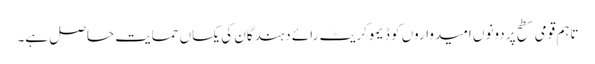
تاہم قومی سطح پر دونوں امیدواروں کو ڈیموکریٹ رائے دہندگان کی یکساں حمایت حاصل ہے۔